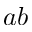
a b